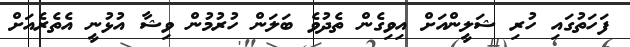
ފަހަތުގައި ހުރި ޝަލީންއަށް އިވިގެން ތެދުވެ ބަލަން ހުރުމުން ވިޝާ އުޅުނީ އެތެރެއަށް